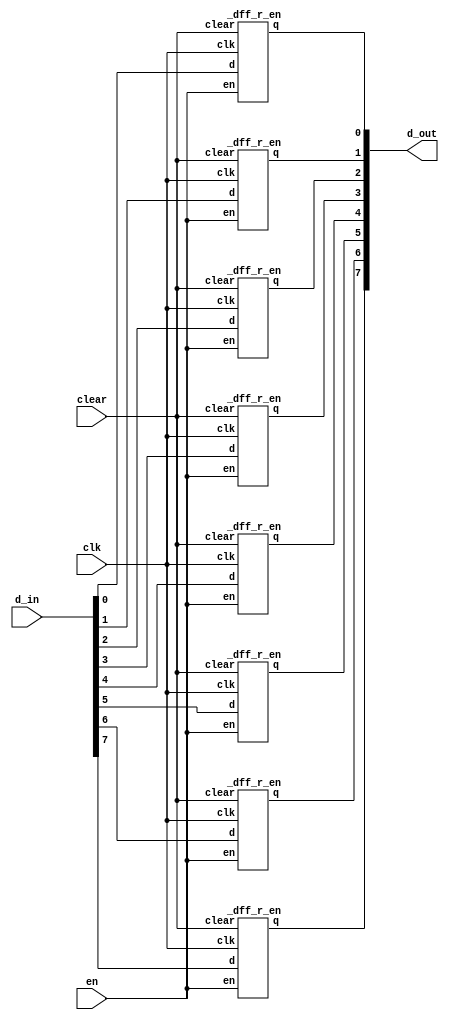
module register8_r_en(clk, clear, d_in, d_out, en);																			//declare 8bit register resetable enable module
	input clk, clear, en;																												//set input
	input [7:0] d_in;																														//set input
	output [7:0] d_out;																													//set output
	
	_dff_r_en U0_dff_r_en(.clk(clk), .clear(clear), .en(en), .d(d_in[0]), .q(d_out[0]));			//instance d flip flop with resetable enable
	_dff_r_en U1_dff_r_en(.clk(clk), .clear(clear), .en(en), .d(d_in[1]), .q(d_out[1]));			//instance d flip flop with resetable enable
	_dff_r_en U2_dff_r_en(.clk(clk), .clear(clear), .en(en), .d(d_in[2]), .q(d_out[2]));			//instance d flip flop with resetable enable
	_dff_r_en U3_dff_r_en(.clk(clk), .clear(clear), .en(en), .d(d_in[3]), .q(d_out[3]));			//instance d flip flop with resetable enable
	_dff_r_en U4_dff_r_en(.clk(clk), .clear(clear), .en(en), .d(d_in[4]), .q(d_out[4]));			//instance d flip flop with resetable enable
	_dff_r_en U5_dff_r_en(.clk(clk), .clear(clear), .en(en), .d(d_in[5]), .q(d_out[5]));			//instance d flip flop with resetable enable
	_dff_r_en U6_dff_r_en(.clk(clk), .clear(clear), .en(en), .d(d_in[6]), .q(d_out[6]));			//instance d flip flop with resetable enable
	_dff_r_en U7_dff_r_en(.clk(clk), .clear(clear), .en(en), .d(d_in[7]), .q(d_out[7]));			//instance d flip flop with resetable enable
	
endmodule																																				//end


module _dff_r_en(clk, clear, en, d, q);												//declare d flip flop with resetable enable module
	input clk, clear, en, d;																//set input
	output reg q;																				//set output reg
	
	always@ (posedge clk or posedge clear)begin				//always clk is positive edge or reset_n is negetive edge
		if(clear)			q <= 1'b0;
		else if(en)			q <= d;															//else if en is not zero, q is d
		else					q <= q;															//else q is q
	end
endmodule																						//end